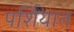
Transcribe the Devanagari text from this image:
पर्शियात